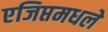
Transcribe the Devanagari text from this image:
एजिप्तमधले